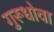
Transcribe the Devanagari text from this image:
गुरूधोवा